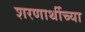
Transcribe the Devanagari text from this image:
शरणार्थीच्या